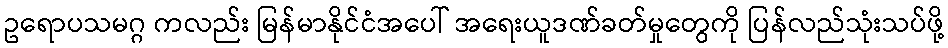
ဥရောပသမဂ္ဂ ကလည်း မြန်မာနိုင်ငံအပေါ် အရေးယူဒဏ်ခတ်မှုတွေကို ပြန်လည်သုံးသပ်ဖို့